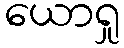
ယောရှု